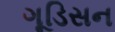
ગૂડિસન